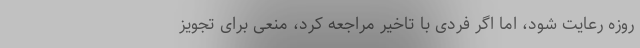
روزه رعایت شود، اما اگر فردی با تاخیر مراجعه کرد، منعی برای تجویز